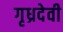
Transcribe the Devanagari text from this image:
गृध्रदेवी